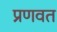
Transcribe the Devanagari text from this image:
प्रणवत